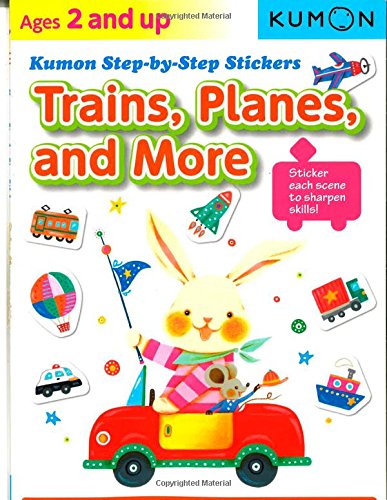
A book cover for Kumon Step-by-Step Stickers:  Trains, Planes, and More; Kumon Publishing; Humor & Entertainment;